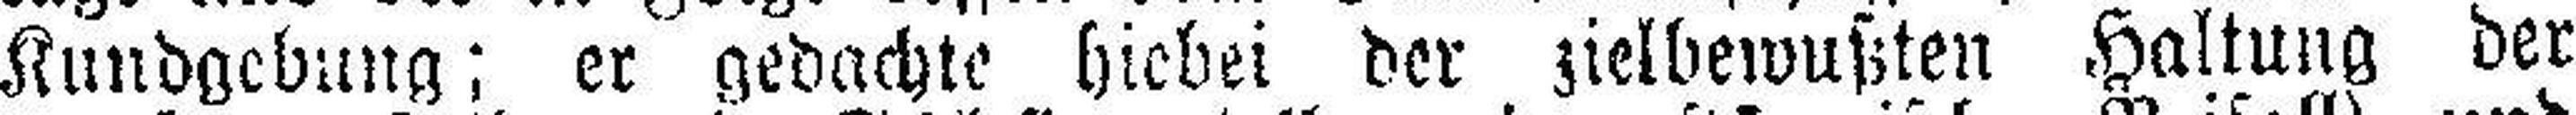
Kundgebung; er gedachte hiebei der zielbewußten Haltung der